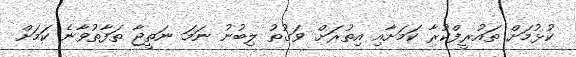
ކުޅުމަށް ތައުރީފްކުރާ ކަމަށާއި އިތުރަށް ވަގުތު ލިބުނު ނަމަ ނަތީޖާ ތަފާތުވާނެ ކަމަށް